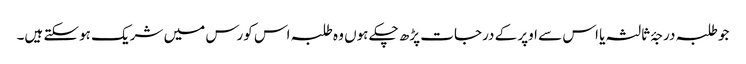
جو طلبہ درجۂ ثالثہ یا اس سے اوپر کے درجات پڑھ چکے ہوں وہ طلبہ اس کورس میں شریک ہوسکتے ہیں۔